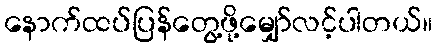
နောက်ထပ်ပြန်တွေ့ဖို့မျှော်လင့်ပါတယ်။